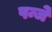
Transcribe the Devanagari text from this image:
पन्जे